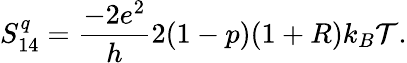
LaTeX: S_{14}^{q}=\frac{-2e^{2}}{h}2(1-p)(1+R)k_{B}\mathcal{T}.